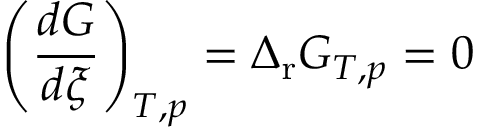
\left( { \frac { d G } { d \xi } } \right) _ { T , p } = \Delta _ { \mathrm { r } } G _ { T , p } = 0